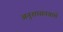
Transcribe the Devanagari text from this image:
अनुशासनवाले